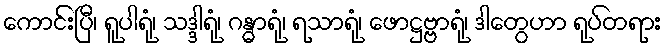
ကောင်းပြီ၊ ရူပါရုံ၊ သဒ္ဒါရုံ၊ ဂန္ဓာရုံ၊ ရသာရုံ၊ ဖောဋ္ဌဗ္ဗာရုံ၊ ဒါတွေဟာ ရုပ်တရား